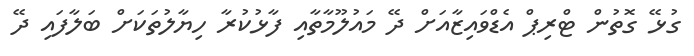
ގުޅޭ ގޮތުން ޓްރިޕް އެޑްވައިޒާއަށް ދޭ މައުލޫމާތާއި ފާޅުކުރާ ހިޔާލުތަކަށް ބަލާފައި ދޭ